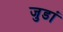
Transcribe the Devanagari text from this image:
जुडां